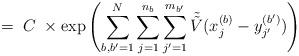
LaTeX: \begin{align*}= \; C \;\times \exp \left(\sum_{b, b^\prime =1}^N \sum_{j=1}^{n_b} \sum_{j^\prime=1}^{m_{b^\prime}}\tilde{\tilde{V}}(x^{(b)}_j - y^{(b^\prime)}_{j^\prime}) \right)\end{align*}